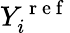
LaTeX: Y_{i}^{\mathrm{~r~e~f~}}